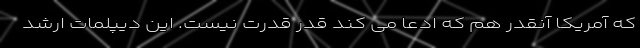
که آمریکا آنقدر هم که ادعا می کند قدر قدرت نیست. این دیپلمات ارشد